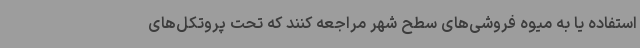
استفاده یا به میوه فروشی‌های سطح شهر مراجعه کنند که تحت پروتکل‌های